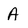
Character: A